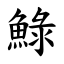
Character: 䱚